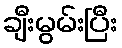
ချီးမွမ်းပြီး